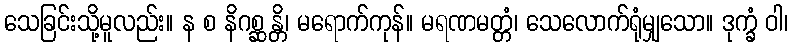
သေခြင်းသို့မူလည်း။ န စ နိဂစ္ဆန္တိ၊ မရောက်ကုန်။ မရဏမတ္တံ၊ သေလောက်ရုံမျှသော။ ဒုက္ခံ ဝါ၊